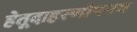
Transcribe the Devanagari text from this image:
हेतूदाहरणोपनय